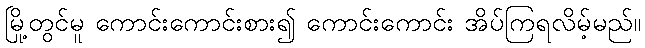
မြို့တွင်မူ ကောင်းကောင်းစား၍ ကောင်းကောင်း အိပ်ကြရလိမ့်မည်။